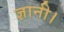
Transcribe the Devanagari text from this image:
ज्ञानी।